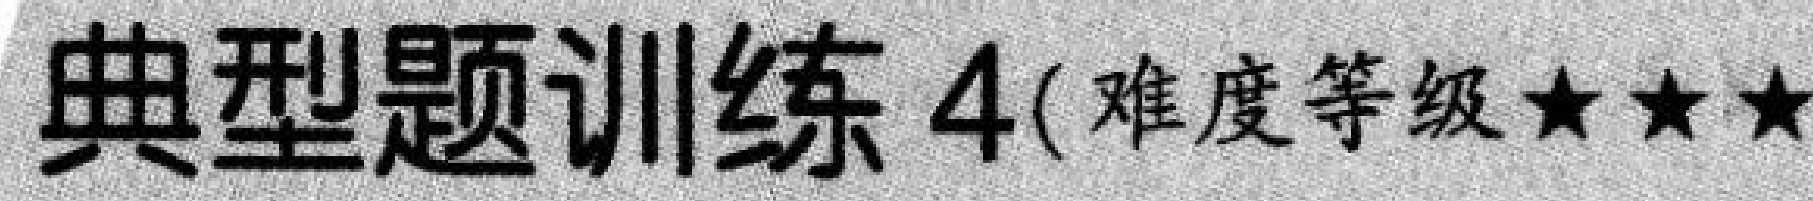
典型题训练 4(难度等级$\star\star\star$)